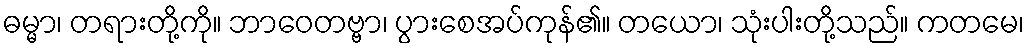
ဓမ္မာ၊ တရားတို့ကို။ ဘာဝေတဗ္ဗာ၊ ပွားစေအပ်ကုန်၏။ တယော၊ သုံးပါးတို့သည်။ ကတမေ၊